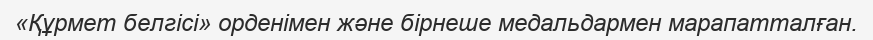
«Құрмет белгісі» орденімен және бірнеше медальдармен марапатталған.